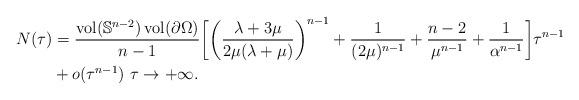
LaTeX: \begin{align*} N(\tau) &= \frac{\operatorname{vol}(\mathbb{S}^{n-2})\operatorname{vol}(\partial \Omega)}{n-1} \biggl[ \biggl( \frac{\lambda + 3\mu}{2\mu (\lambda + \mu)} \biggr)^{n-1} + \frac{1}{(2\mu)^{n-1}} + \frac{n-2}{\mu^{n-1}} + \frac{1}{\alpha^{n-1}} \biggr] \tau^{n-1} \\ &+ o(\tau^{n-1}) \ \tau \to +\infty. \end{align*}